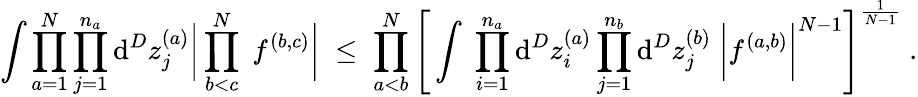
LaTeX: \int\prod_{a=1}^{N}\prod_{j=1}^{n_{a}}\mathrm{d}^{D}z_{j}^{(a)}\bigg|\prod_{b<c}^{N}\; f^{(b,c)}\bigg|\; \leq\; \prod_{a<b}^{N}\Bigg[\int\; \prod_{i=1}^{n_{a}}\mathrm{d}^{D}z_{i}^{(a)}\prod_{j=1}^{n_{b}}\mathrm{d}^{D}z_{j}^{(b)}\; \bigg|f^{(a,b)}\bigg|^{N-1}\Bigg]^{\frac{{1}}{{N-1}}}\; .